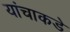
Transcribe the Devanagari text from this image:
यांचाकडे